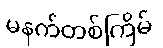
မနက်တစ်ကြိမ်